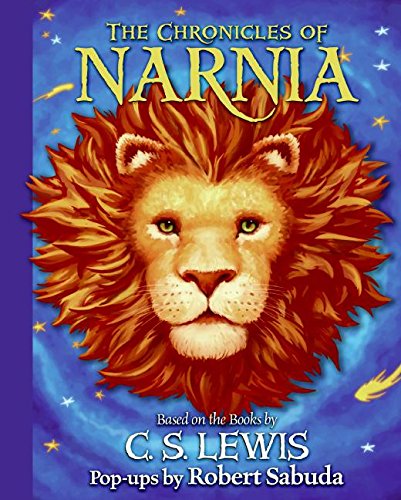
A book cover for Chronicles of Narnia Pop-Up; C. S. Lewis; Children's Books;